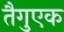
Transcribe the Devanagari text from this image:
तैगुएक